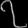
Digit: ၇